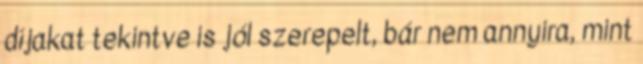
díjakat tekintve is jól szerepelt, bár nem annyira, mint